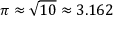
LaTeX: \pi \approx { \sqrt { 1 0 } } \approx 3 . 1 6 2